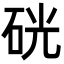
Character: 硄